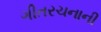
ગીતરચનાની